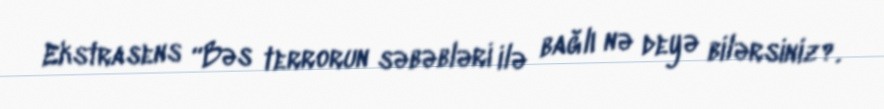
Ekstrasens “Bəs terrorun səbəbləri ilə bağlı nə deyə bilərsiniz?.